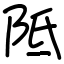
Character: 阺